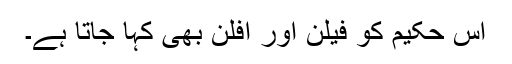
اِس حکیم کو فیلن اور افلَن بھی کہا جاتا ہے۔